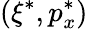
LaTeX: (\xi^{*},p_{x}^{*})